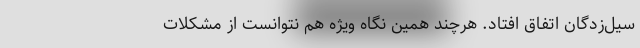
سیل‌زدگان اتفاق افتاد. هرچند همین نگاه ویژه هم نتوانست از مشکلات